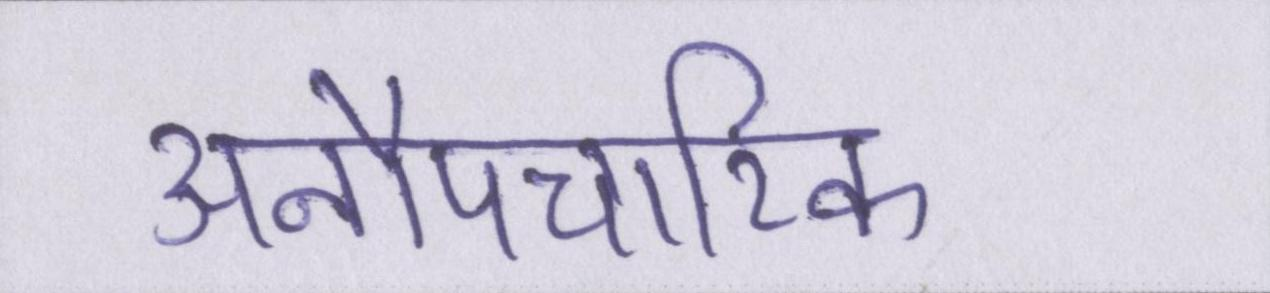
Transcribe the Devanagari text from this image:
अनौपचारिक